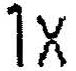
1X